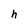
Character: h